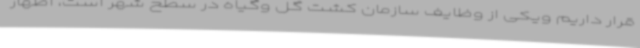
قرار داریم ویکی از وظایف سازمان کشت گل وگیاه در سطح شهر است، اظهار